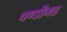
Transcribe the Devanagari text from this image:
चण्‍डीगढ